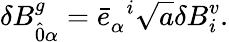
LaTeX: \delta B_{\hat{0}\alpha}^{g}={\bar{e}}_{\alpha}^{\; \; i}\sqrt{a}\delta B_{i}^{v}.